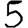
Digit: 5